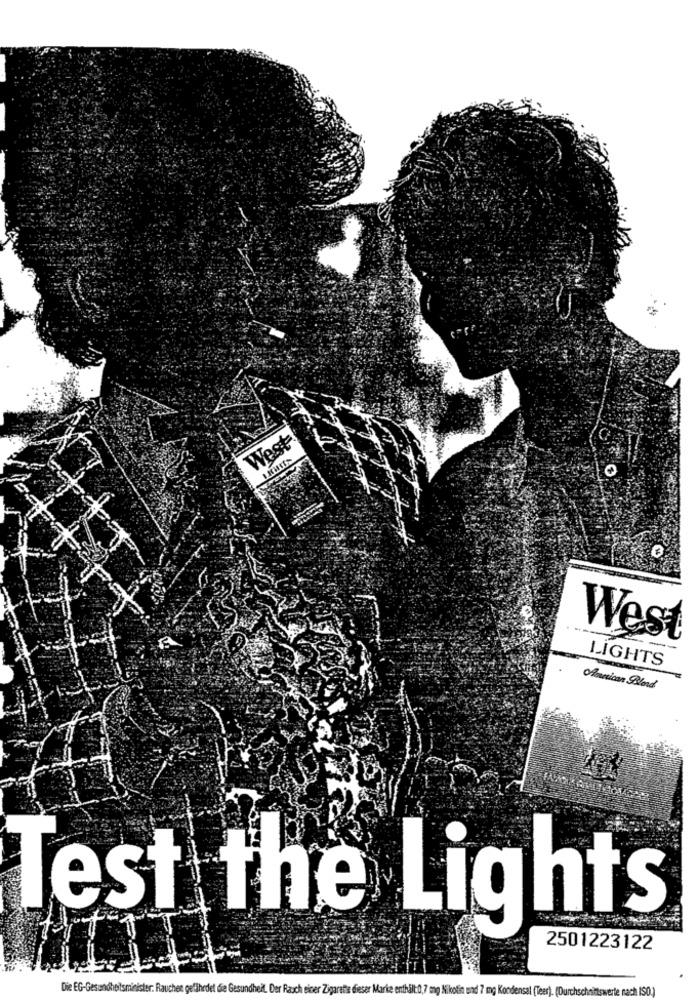
West
West
-
LIGHTS
American Blond
lest the Lights
2501223122
Die EG-Gesundheitsminister: Rauchen gefährdet die Gesundheit. Der Rasch sicer Zigarette dieser Marke enthält:0,7 mg Nikotin und 7 mg Kondensal (Teer). (Durchschnittswerte nach ISO.)